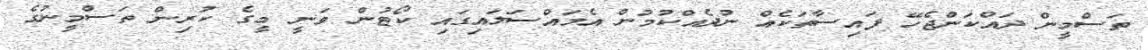
ތަސްމީން ދައްކަންޖެހޭ ފައިސާތަކެއް ނުދެއްކުމުން އެމައްސަލައިގައި ކޯޓުން ވަނީ މީގެ ކުރިން ތަސްމީނުގެ